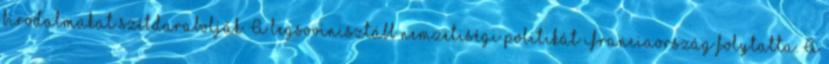
birodalmakat szétdarabolják. A legsovinisztább nemzetiségi politikát Franciaország folytatta. A